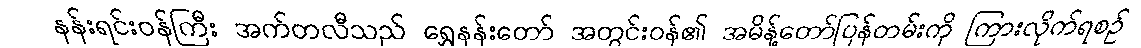
နန်းရင်းဝန်ကြီး အက်တလီသည် ရွှေနန်းတော် အတွင်းဝန်၏ အမိန့်တော်ပြန်တမ်းကို ကြားလိုက်ရစဉ်